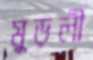
মুড়লী